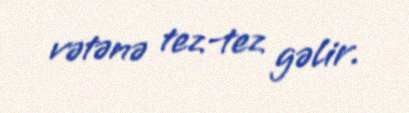
vətənə tez-tez gəlir.